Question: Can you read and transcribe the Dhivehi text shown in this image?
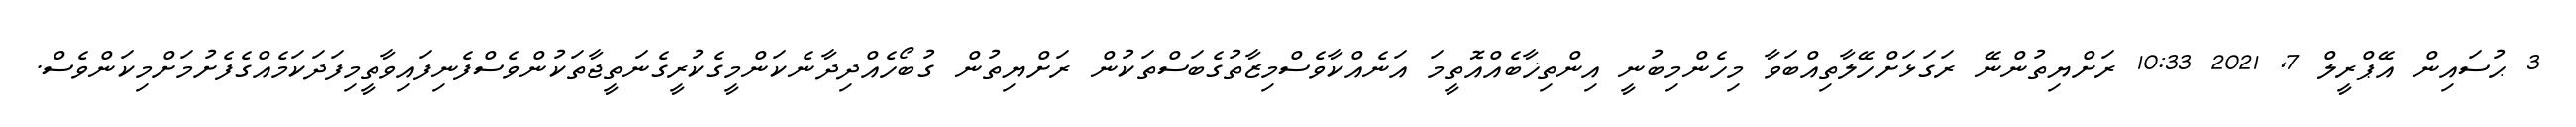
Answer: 3 ޙުސައިން އޭޕްރީލް 7, 2021 10:33 ރަށްޔިތުންނޭ ރަގަޅަށްހޭލާތިއްބަވާ މިހެންމިބުނީ އިންތިޚާބެއްއޮތީމަ އަނެއްކާވެސްމިޒާތުގެބަސްތަކުން ރަށްޔިތުން ގުބޯހެއްދިދާނެކަންމީގެކުރީގެނަތީޖާތަކުންވެސްފެނިފައިވާތީމިފަދަކަމެއްގެފެށުމަށްމިކަންވެސް.